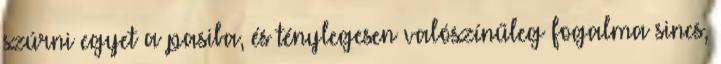
szúrni egyet a pasiba, és ténylegesen valószínűleg fogalma sincs,